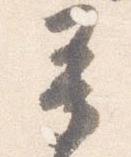
承